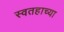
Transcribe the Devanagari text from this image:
स्वतहाच्या